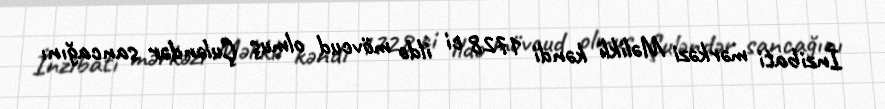
İnzibati mərkəzi Məlikli kəndi 1728 ci ildə mövcud olmuş Çuləndər sancağını